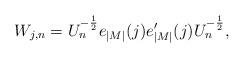
LaTeX: \begin{align*}W_{j,n} = U_n^{-\frac{1}{2}} e_{|M|}(j) e'_{|M|}(j) U_n^{-\frac{1}{2}},\end{align*}